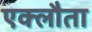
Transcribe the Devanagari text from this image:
एक्लौता